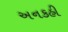
અનકહી